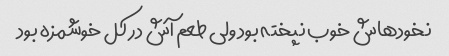
نخودهاش خوب نپخته بود ولی طعم آش در کل خوشمزه بود